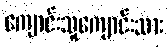
ကျောင်းသူကျောင်းသား